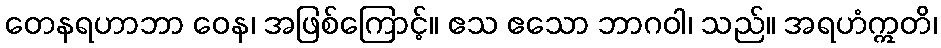
တေနရဟာဘာ ဝေန၊ အဖြစ်ကြောင့်။ ဧသ ဧသော ဘာဂဝါ၊ သည်။ အရဟံဣတိ၊